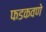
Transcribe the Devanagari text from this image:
फडकवणे